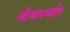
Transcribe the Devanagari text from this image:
जीआरआईए